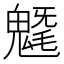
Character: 𩳯